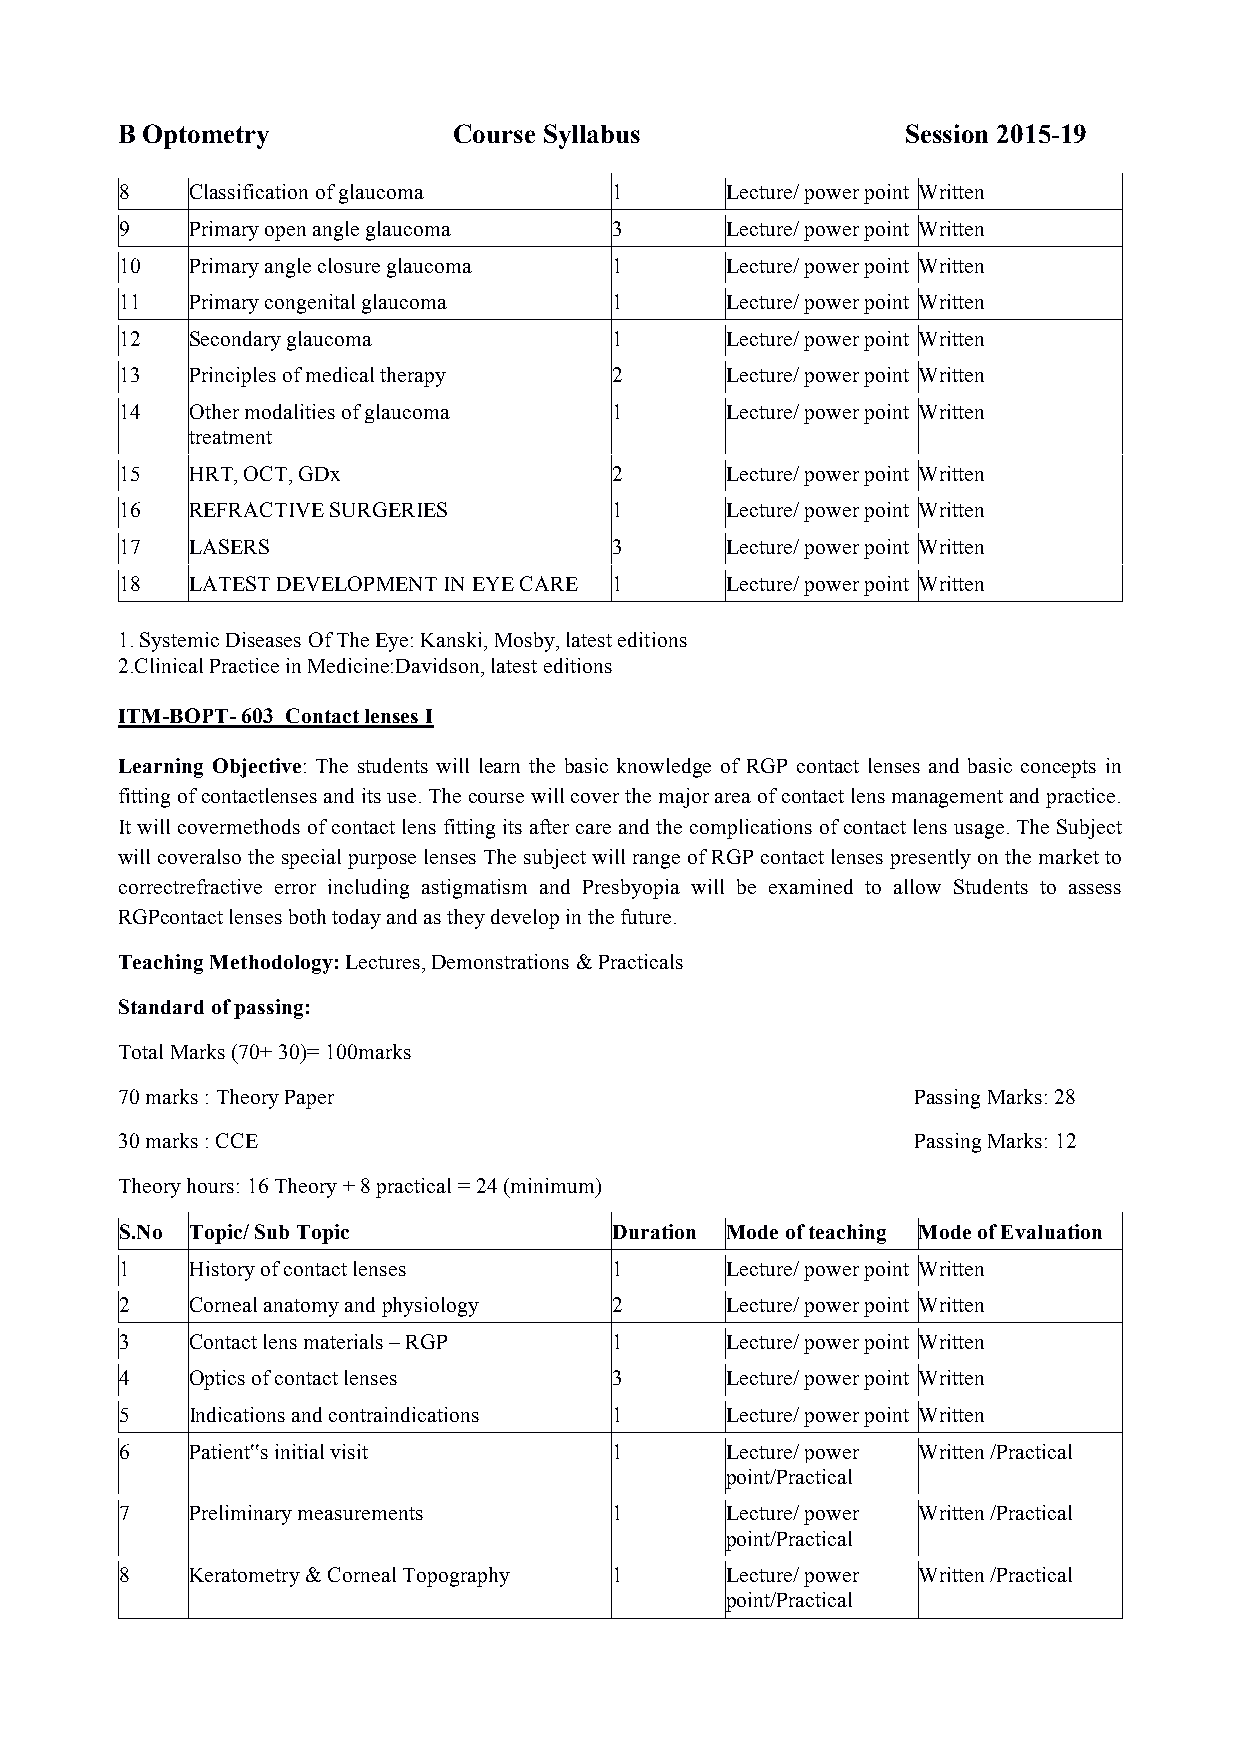
B Optometry           Course Syllabus               Session 2015-19
 8    Classification of glaucoma  1      Lecture/ power point Written
 9    Primary open angle glaucoma 3      Lecture/ power point Written
 10   Primary angle closure glaucoma 1   Lecture/ power point Written
 11   Primary congenital glaucoma 1      Lecture/ power point Written
 12   Secondary glaucoma          1      Lecture/ power point Written
 13   Principles of medical therapy 2    Lecture/ power point Written
 14   Other modalities of glaucoma 1     Lecture/ power point Written
 treatment
 15   HRT, OCT, GDx               2      Lecture/ power point Written
 16   REFRACTIVE SURGERIES        1      Lecture/ power point Written
 17   LASERS                      3      Lecture/ power point Written
 18   LATEST DEVELOPMENT IN EYE CARE 1   Lecture/ power point Written
 1. Systemic Diseases Of The Eye: Kanski, Mosby, latest editions
 2.Clinical Practice in Medicine:Davidson, latest editions
 ITM-BOPT- 603 Contact lenses I
 Learning Objective: The students will learn the basic knowledge of RGP contact lenses and basic concepts in
 fitting of contactlenses and its use. The course will cover the major area of contact lens management and practice.
 It will covermethods of contact lens fitting its after care and the complications of contact lens usage. The Subject
 will coveralso the special purpose lenses The subject will range of RGP contact lenses presently on the market to
 correctrefractive error including astigmatism and Presbyopia will be examined to allow Students to assess
 RGPcontact lenses both today and as they develop in the future.
 Teaching Methodology: Lectures, Demonstrations & Practicals
 Standard of passing:
 Total Marks (70+ 30)= 100marks
 70 marks : Theory Paper                              Passing Marks: 28
 30 marks : CCE                                       Passing Marks: 12
 Theory hours: 16 Theory + 8 practical = 24 (minimum)
 S.No Topic/ Sub Topic            Duration Mode of teaching Mode of Evaluation
 1    History of contact lenses   1      Lecture/ power point Written
 2    Corneal anatomy and physiology 2   Lecture/ power point Written
 3    Contact lens materials – RGP 1     Lecture/ power point Written
 4    Optics of contact lenses    3      Lecture/ power point Written
 5    Indications and contraindications 1 Lecture/ power point Written
 6    Patient‟s initial visit     1      Lecture/ power Written /Practical
 point/Practical
 7    Preliminary measurements    1      Lecture/ power Written /Practical
 point/Practical
 8    Keratometry & Corneal Topography 1 Lecture/ power Written /Practical
 point/Practical